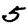
Digit: 5